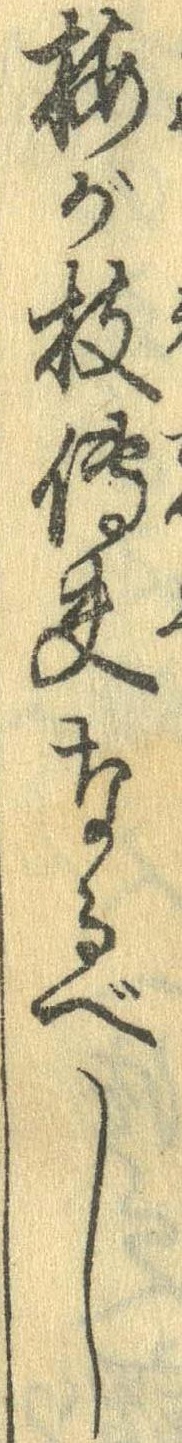
梅が枝伝夫なるべし